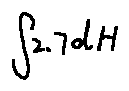
\int 2 . 7 d H